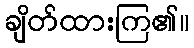
ချိတ်ထားကြ၏။